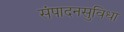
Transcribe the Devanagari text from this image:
संपादनसुविधा